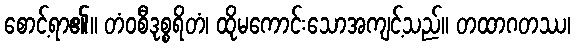
စောင့်ရာ၏။ တံဝစီဒုစ္စရိတံ၊ ထိုမကောင်းသောအကျင့်သည်။ တထာဂတဿ၊